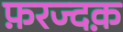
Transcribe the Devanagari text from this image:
फ़रज्दक़